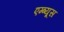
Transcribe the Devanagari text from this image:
एम्ब्यूस